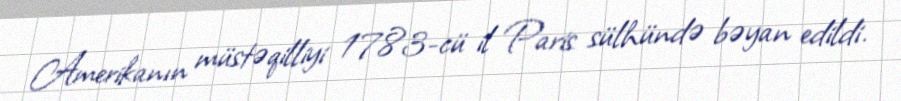
Amerikanın müstəqilliyi 1783-cü il Paris sülhündə bəyan edildi.